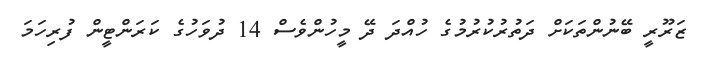
ޒަރޫރީ ބޭނުންތަކަށް ދަތުރުކުރުމުގެ ހުއްދަ ދޭ މީހުންވެސް 14 ދުވަހުގެ ކަރަންޓީން ފުރިހަމަ